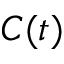
C ( t )